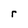
Character: r